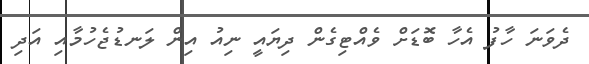
ދެވަނަ ހާފު އެހާ ބޮޑަށް ވެއްޓިގެން ދިޔައީ ނިއު އިން ލަނޑުޖެހުމާއި އަދި